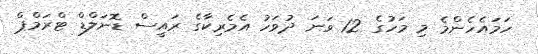
ހަމައެހެންމެ މި މަހުގެ 12 ވަނަ ދުވަހު އެމެރިކާގެ ރައީސް ޑޮނަލްޑް ޓްރަމްޕް